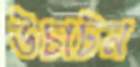
উচাটন